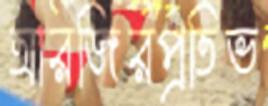
আরজিরপ্রতিভ